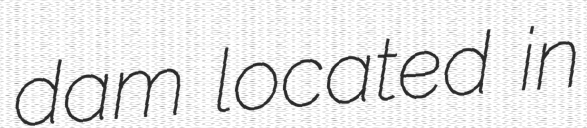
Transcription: dam located in